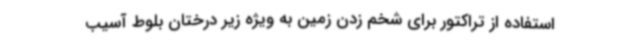
استفاده از تراکتور برای شخم زدن زمین به ویژه زیر درختان بلوط آسیب